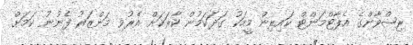
ރިޟްވާންގެ އެޕާޓްމަންޓް ކައިރިން މީހަކު ގަދަކަމުން ކާރަކަށް އެރުވި މަންޒަރު ފެނުނު ކަމަށް